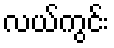
လယ်ကွင်း